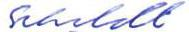
Schildt